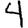
Digit: 4